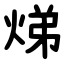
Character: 焍